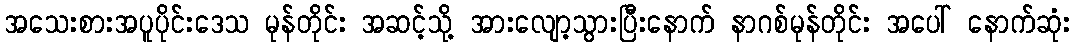
အသေးစားအပူပိုင်းဒေသ မုန်တိုင်း အဆင့်သို့ အားလျော့သွားပြီးနောက် နာဂစ်မုန်တိုင်း အပေါ် နောက်ဆုံး